Memorandum on the prevention of leprosy by segregation of the affected
Disease focus: Leprosy
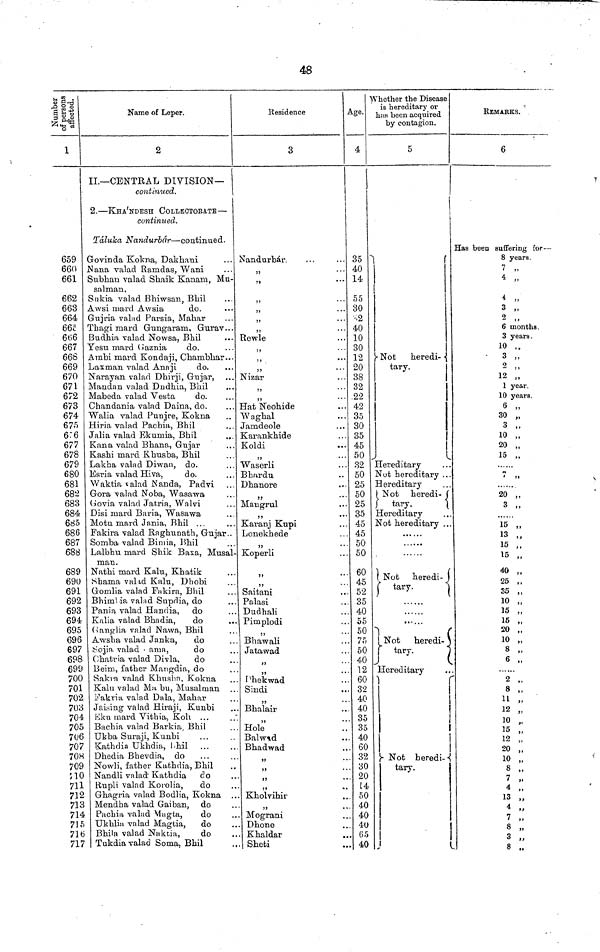
48
1
659
660
661
662
663
664
665
666
667
666
669
670
671
672
673
674
675
6:6
677
678
679
680
681
682
683
684
685
686
687
688
689
690
691
692
693
694
695
696
697
698
699
700
701
702
703
704
705
706
707
708
709
210
711
712
713
714
715
716
717
Name of Leper.
2
II.— CENTRAL DIVISION—
continued.
2. — KHA'NDESH COLLECTORATE —
continued.
Táluka Nandurbár — continued.
Govinda Kokna, Dakhani
Nana valad Ramdas, Wani
Subhau valad Shaik Kanam, Mu-
salman.
Sukia valad Bhiwsan, Bhil
Awsi mard Awsia
do.
Gujria valad Parsia, Mahar
Thagi mard Gungaram, Gurav...
Budhia valad Nowsa, Bhil
Yesu mard Gaznia do.
Ambi mard Kondaji, Chambhar...
Laxman valad Anaji
do.
Narayan valad Dhirji, Gujar,
Mandan valad Dndhia, Bhil
Mabeda valad Vesta
do.
Chandania valad Daina, do.
Walia valad Punjre, Kokna
Hiria valad Pachia, Bhil
Jalia valad Ekumia, Bhil
Kana valad Bhana, Gujar
Kashi mard Khusba, Bhil
Lakha valad Diwan, do.
Esria valad Hiva,
do.
Waktia valad Nanda, Padvi
Gora valad Noba, Wasawa
Govia valad Jatria, Walvi
Disi mard Baria, Wasawa
Motu mard Jania, Bhil ...
Fakira valad Raghunath, Gujar..
Somba valad Bimia, Bhil
Lalbhu mard Shik Baxa, Musal-
man.
Nathi mard Kalu, Khatik
Shama valad Kalu, Dhobi
Gomlia valad Fakira, Bhil
Bhimbia valad Supdia, do
Pania valad Handia, do
Kalia valad Bhadia,
do
Ganglia valad Nawa, Bhil
Awsha valad Janka,
do
Sojia valad ama,
do
Chatria valad Divla,
do
Beim, father Mangdia, do
Sakra valad Khusba, Kokna
Kalu valad Ma bu, Musalman
Fakria valad Dala, Mahar
Jaising valad Hiraji, Kunbi
Eku mard Vithia, Koli ...
Bachia valad Barkia, Bhil
Ukba Suraji, Kunbi
Kathdia Ukhdia, Khil ...
Dhedia Bhevdia, do
Nowli, father Kathdia, Bhil
Nandli valad Kathdia do
Rupli valad Korolia,
do
Ghagria valad Bodlia, Kokna
Mendha valad Gaiban, do
Pachia valad Magta,
do
Ukhlia valad Magtia,
do
Bhila valad Naktia,
do
Tukdia valad Soma, Bhil
Residence
3
i
Nandurbár.
,,
,,
t..
,,
...
»
• • •
»
• • •
,,
Rewle
"
,,
...
,,
...
Nizar
• • •
,,
...
Hat Neohide
Waghal
Jamdeole
Karankhide
Koldi
)>
' • '
Waserli
Bhardu
Dhanore
"
• •
Mangrul
"
...
Karanj Kupi
Lonekhede
33
...
Koperli
"
• •
Saitani
Palasi
Dudhali
Pimplodi
"
• •
Bhawali
Jatawad
Phekwad
Sindi
Bhalair
Hole
Balwad
Bhadwad
"
* *
"
* *
"
Kholvihir
• *
Mograni
Dhone
Khaldar
Sheti
Age.
4
35
40
14
55
30
2
40
10
30
12
20
38
32
22
42
35
30
35
45
50
32
50
25
50
25
35
45
45
50
50
60
45
52
35
40
55
50
75
50
40
12
60
32
40
40
35
35
40
60
32
30
20
14
50
40
40
40
65
40
Whether the Disease
is hereditary or
has been acquired
by contagion.
5
Not
heredi- -
tary.
Hereditary
Nut hereditary ...
Hereditary
Not heredi-
tary.
Hereditary
Not hereditary ...
Not heredi-
,
J
tary.
•••...
Not
heredi-
tary.
Hereditaiy
1
Not heredi-
tary.
REMARKS.
6
Has been suffering for —
8 years.
7 ,,
4 „
4 „
3 ,,
2 ,,
6 months.
3 years.
10 „
3 „
2 ,,
12 „
1 year.
10 years.
6 „
30 „
3 „
10 „
20 „
15 ,,
n
20 „
3 „
15 „
13 ,,
15
15 „
40 „
25 ,,
35 „
10 „
15 ,,
15 „
20 „
10 „
8 „
6 „
2 ,,
8 ,,
11 „
12 , "
10
15
12 ,
20
10
8 ,
7 ,
4 ,
13 ,
4 >
7
3
0
f
8 ,